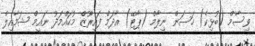
ވިސާމް (ބުޅިކެ) ހަސަން ނިލާމް (ޕާޓޭ) އާދަމް ފައިރޫޒް މުހައްމަދު ނައީމް ޝަމާއިލް